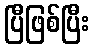
ပြီဖြစ်ပြီး